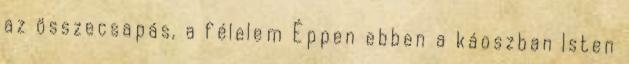
az összecsapás, a félelem Éppen ebben a káoszban Isten